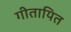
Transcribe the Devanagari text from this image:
गीतायित